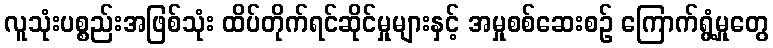
လူသုံးပစ္စည်းအဖြစ်သုံး ထိပ်တိုက်ရင်ဆိုင်မှုများနှင့် အမှုစစ်ဆေးစဉ် ကြောက်ရွံ့မှုတွေ